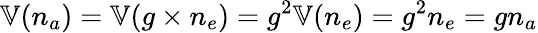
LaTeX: \mathbb{V}(n_{a})=\mathbb{V}(g\times n_{e})=g^{2}\mathbb{V}(n_{e})=g^{2}n_{e}=gn_{a}